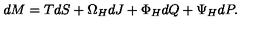
d M = T d S + \Omega _ { H } d J + \Phi _ { H } d Q + \Psi _ { H } d P .